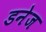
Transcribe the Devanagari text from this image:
डनेज